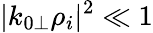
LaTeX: |k_{0\perp}\rho_{i}|^{2}\ll 1